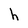
Character: h